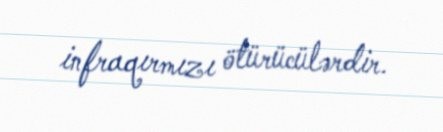
infraqırmızı ötürücülərdir.